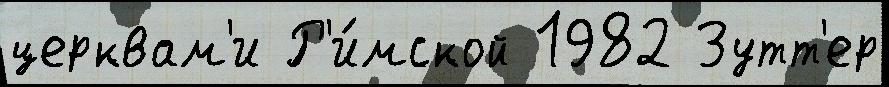
церквам'и Р'и́мской 1982 Зутт'ер